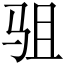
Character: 驵